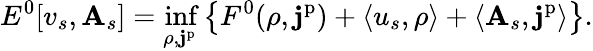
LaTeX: E^{0}[v_{s},\mathbf{A}_{s}]=\operatorname*{inf}_{\rho,\mathbf{j}^{\mathrm{p}}}\big\{ F^{0}(\rho,\mathbf{j}^{\mathrm{p}})+\langle u_{s},\rho\rangle+\langle\mathbf{A}_{s},\mathbf{j}^{\mathrm{p}}\rangle\big\} .